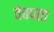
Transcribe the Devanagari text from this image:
वेबपता